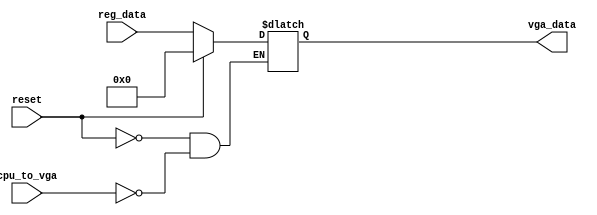
`timescale 1ns / 1ps
//////////////////////////////////////////////////////////////////////////////////
// Company: 
// Engineer: 
// 
// Design Name: 
// Module Name: VGA_RAM
// Project Name: 
// Target Devices: 
// Tool Versions: 
// Description: 
// 
// Dependencies: 
// 
// Revision:
// Revision 0.01 - File Created
// Additional Comments:
// 
//////////////////////////////////////////////////////////////////////////////////


module VGA_RAM(
input cpu_to_vga,
input reset,
input [31:0] reg_data,
output [31:0] vga_data
    );
    reg [31:0]array_vga_data;
    always @(*)
    begin
    if(reset)
        array_vga_data<=32'd0;
    else begin
         if(cpu_to_vga)
                array_vga_data<=reg_data;
            else
                array_vga_data<=array_vga_data;
         end
    end 
    assign vga_data=array_vga_data;
endmodule